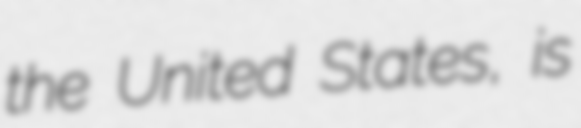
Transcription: the United States, is